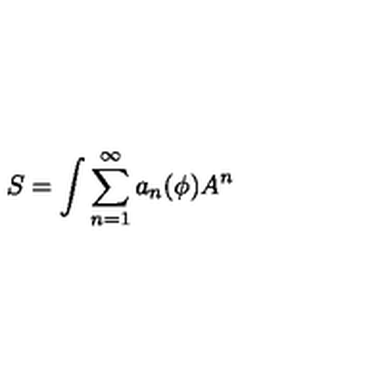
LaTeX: S = \int \sum _ { n = 1 } ^ { \infty } a _ { n } ( \phi ) A ^ { n }